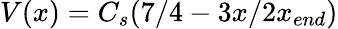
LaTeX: V(x)=C_{s}(7/4-3x/2x_{end})